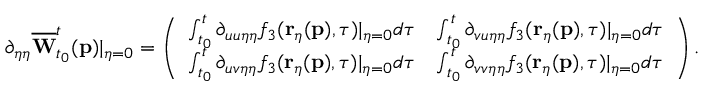
\partial _ { \eta \eta } \overline { { \mathbf { W } } } _ { t _ { 0 } } ^ { t } ( \mathbf { p } ) \vert _ { \eta = 0 } = \left( \begin{array} { l l } { \int _ { t _ { 0 } } ^ { t } \partial _ { u u \eta \eta } f _ { 3 } ( \mathbf { r } _ { \eta } ( \mathbf { p } ) , \tau ) \vert _ { \eta = 0 } d \tau } & { \int _ { t _ { 0 } } ^ { t } \partial _ { v u \eta \eta } f _ { 3 } ( \mathbf { r } _ { \eta } ( \mathbf { p } ) , \tau ) \vert _ { \eta = 0 } d \tau } \\ { \int _ { t _ { 0 } } ^ { t } \partial _ { u v \eta \eta } f _ { 3 } ( \mathbf { r } _ { \eta } ( \mathbf { p } ) , \tau ) \vert _ { \eta = 0 } d \tau } & { \int _ { t _ { 0 } } ^ { t } \partial _ { v v \eta \eta } f _ { 3 } ( \mathbf { r } _ { \eta } ( \mathbf { p } ) , \tau ) \vert _ { \eta = 0 } d \tau } \end{array} \right) .